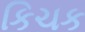
કિચક